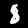
Label: 8